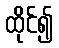
ထိုင်၍